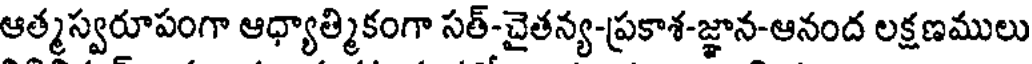
ఆత్మస్వరూపంగా ఆధ్యాత్మికంగా సత్-చైతన్య-ప్రకాశ-జ్ఞాన-ఆనంద లక్షణములు